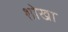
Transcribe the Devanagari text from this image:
शोखा